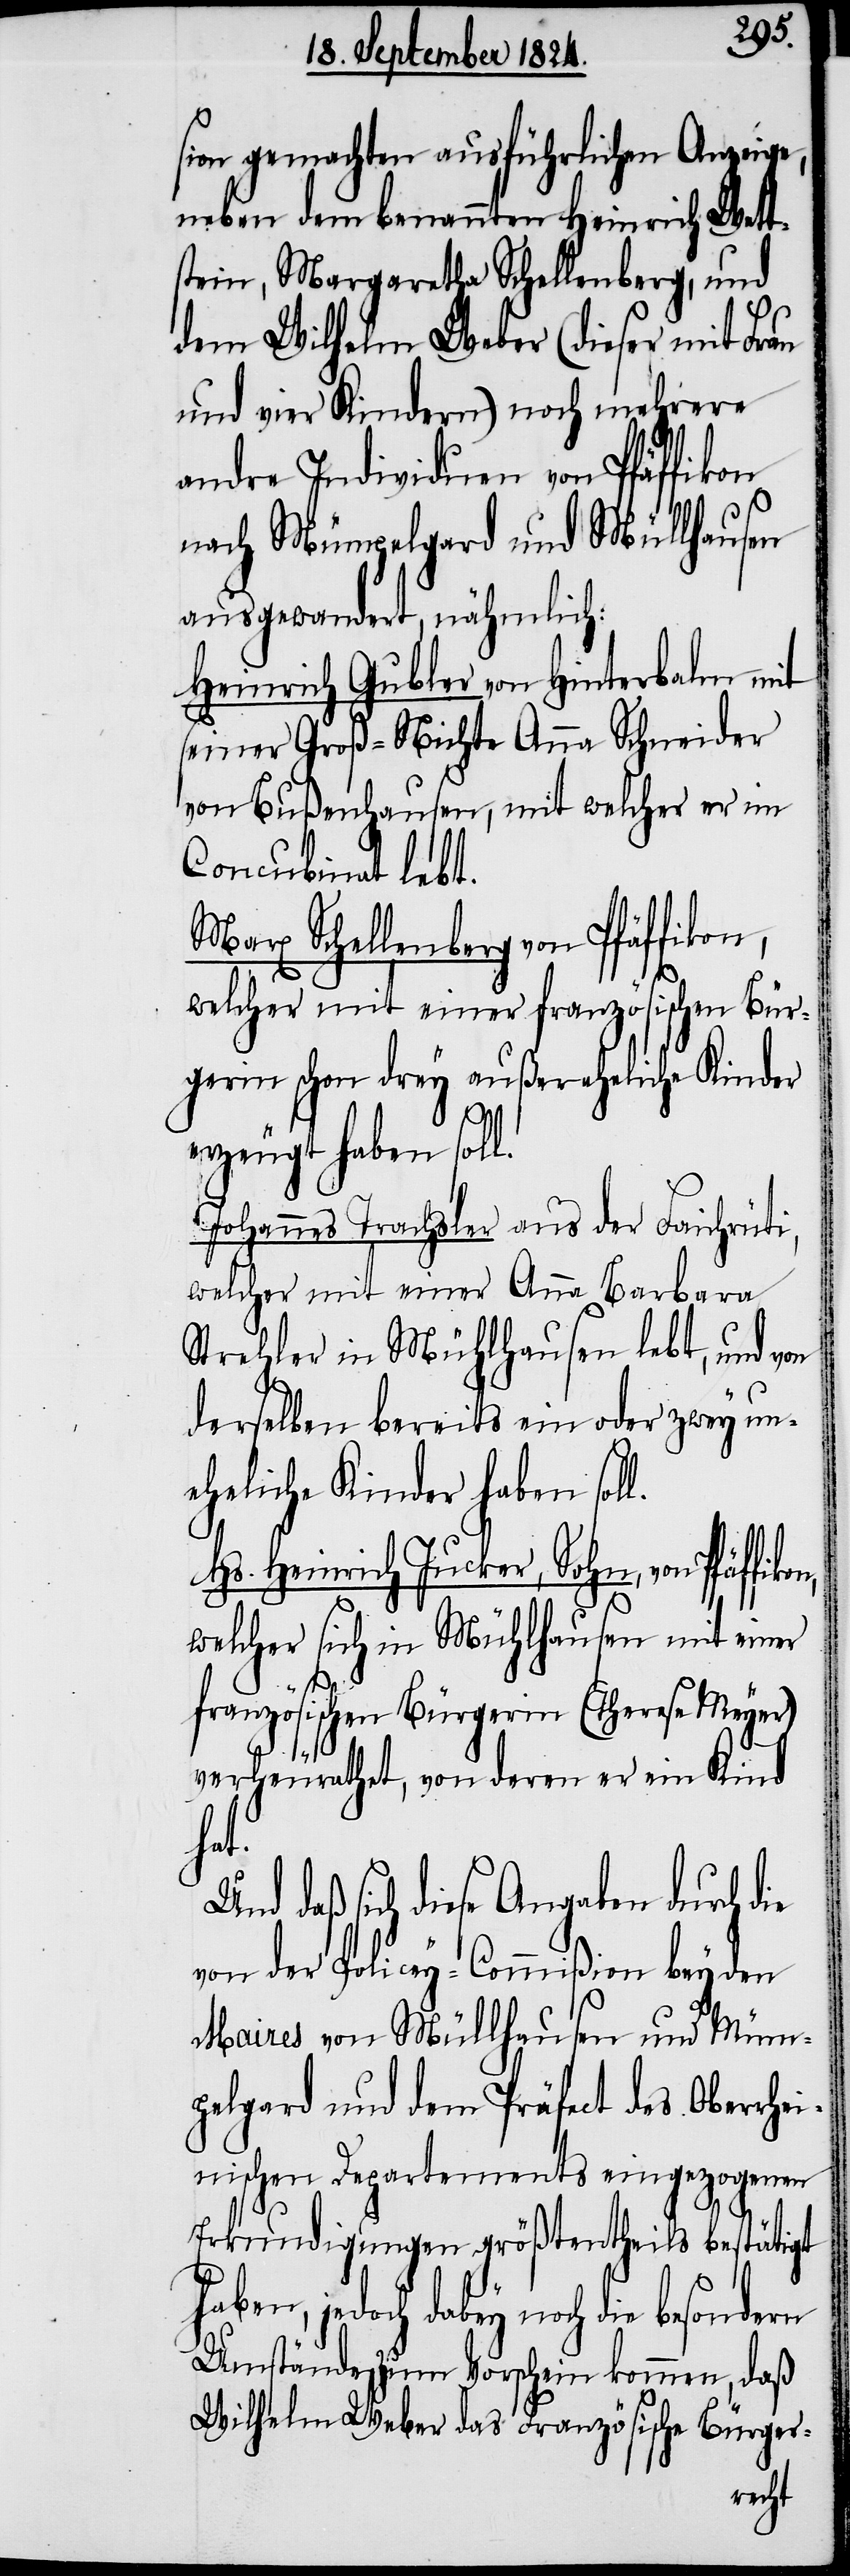
sion gemachten ausführlichen Anzeige,
neben dem benannten Heinrich Wett¬
stein, Margaretha Schellenberg, und
dem Wilhelm Weber (dieser mit Frau
und vier Kindern) noch mehrere
andre Individuen von Pfäffikon
ie
nach Mümpelgard und Müllhausen
ausgewandert, nämlich:
Heinrich Gubler von Hinterbalm mit
seiner Groß-Nichte Anna Schneider
von Bußenhausen, mit welcher er im
Concubinat lebt.
Marx Schellenberg von Pfäffikon,
welcher mit einer französischen Bür¬
gerin schon drey außereheliche Kinder
l.
erzeugt haben soll.
Johannes Trachsler aus der Faichsrüti,
welcher mit einer Anna Barbara
Strehler in Mühlhausen lebt, und von
derselben bereits ein oder zwey un¬
eheliche Kinder haben sol¬
Hs. Heinrich Jucker, Sohn, von Pfäffi¬
welcher sich in Mühlhausen mit einer
französischen Bürgerin (Theresa Meyer)
verheurathet, von deren er ein Kind
hat.
Und daß sich diese Angaben durch d¬
von der Policey-Commißion bey den
Maires von Müllhausen und Müm¬
pelgard und dem Präfect des Oberrhei¬
nischen Departements eingezogenen
Erkundigungen größtentheils bestätigt
dabey noch die besondern
Umstände zum Vorschein kommen, daß
Wilhelm Weber das Französische Bürger-